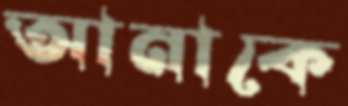
আনাকে